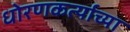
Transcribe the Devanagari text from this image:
धोरणकर्त्याच्या